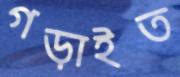
গড়াইত